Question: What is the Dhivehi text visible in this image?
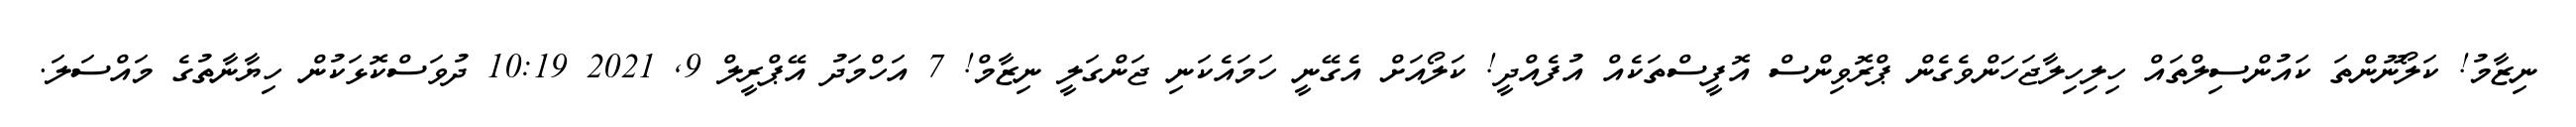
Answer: ނިޒާމު! ކަލޯނޫންތަ ކައުންސިލްތައް ހިލިހިލާޖަހަންވެގެން ޕްރޮވިންސް އޮފީސްތަކެއް އުފެއްދީ! ކަލޯއަށް އެގޭނީ ހަމައެކަނި ޖަންގަލީ ނިޒާމް! 7 އަހްމަދު އޭޕްރީލް 9, 2021 10:19 ދުވަސްކޮޅަކުން ހިޔާނާތުގެ މައްސަލަ.